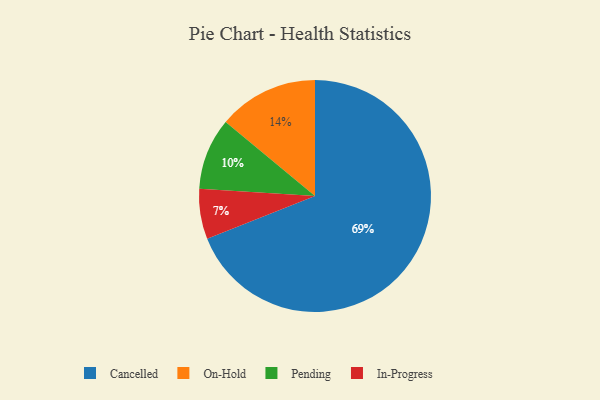
{"axis": {"x": "Category", "y": "Percentage"}, "legend": ["Cancelled", "In-Progress", "On-Hold", "Pending"], "data": [{"x": "In-Progress", "y": 7, "type": "In-Progress"}, {"x": "Pending", "y": 10, "type": "Pending"}, {"x": "On-Hold", "y": 14, "type": "On-Hold"}, {"x": "Cancelled", "y": 69, "type": "Cancelled"}]}